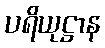
ပရိယုဋ္ဌာန